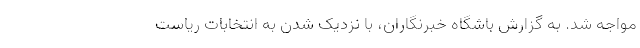
مواجه شد. به گزارش باشگاه خبرنگاران، با نزدیک شدن به انتخابات ریاست